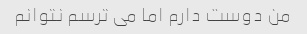
من دوست دارم اما می ترسم نتوانم